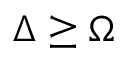
\Delta \geq \Omega